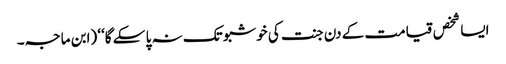
ایسا شخص قیامت کے دن جنت کی خوشبو تک نہ پا سکے گا‘‘ (ابن ماجہ۔